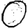
Digit: 0